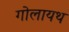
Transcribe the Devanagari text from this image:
गोलायथ